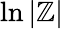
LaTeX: \ln{\lvert\mathbb{Z}\rvert}